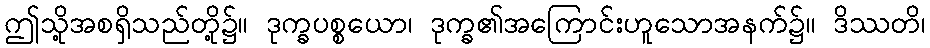
ဤသို့အစရှိသည်တို့၌။ ဒုက္ခပစ္စယော၊ ဒုက္ခ၏အကြောင်းဟူသောအနက်၌။ ဒိဿတိ၊